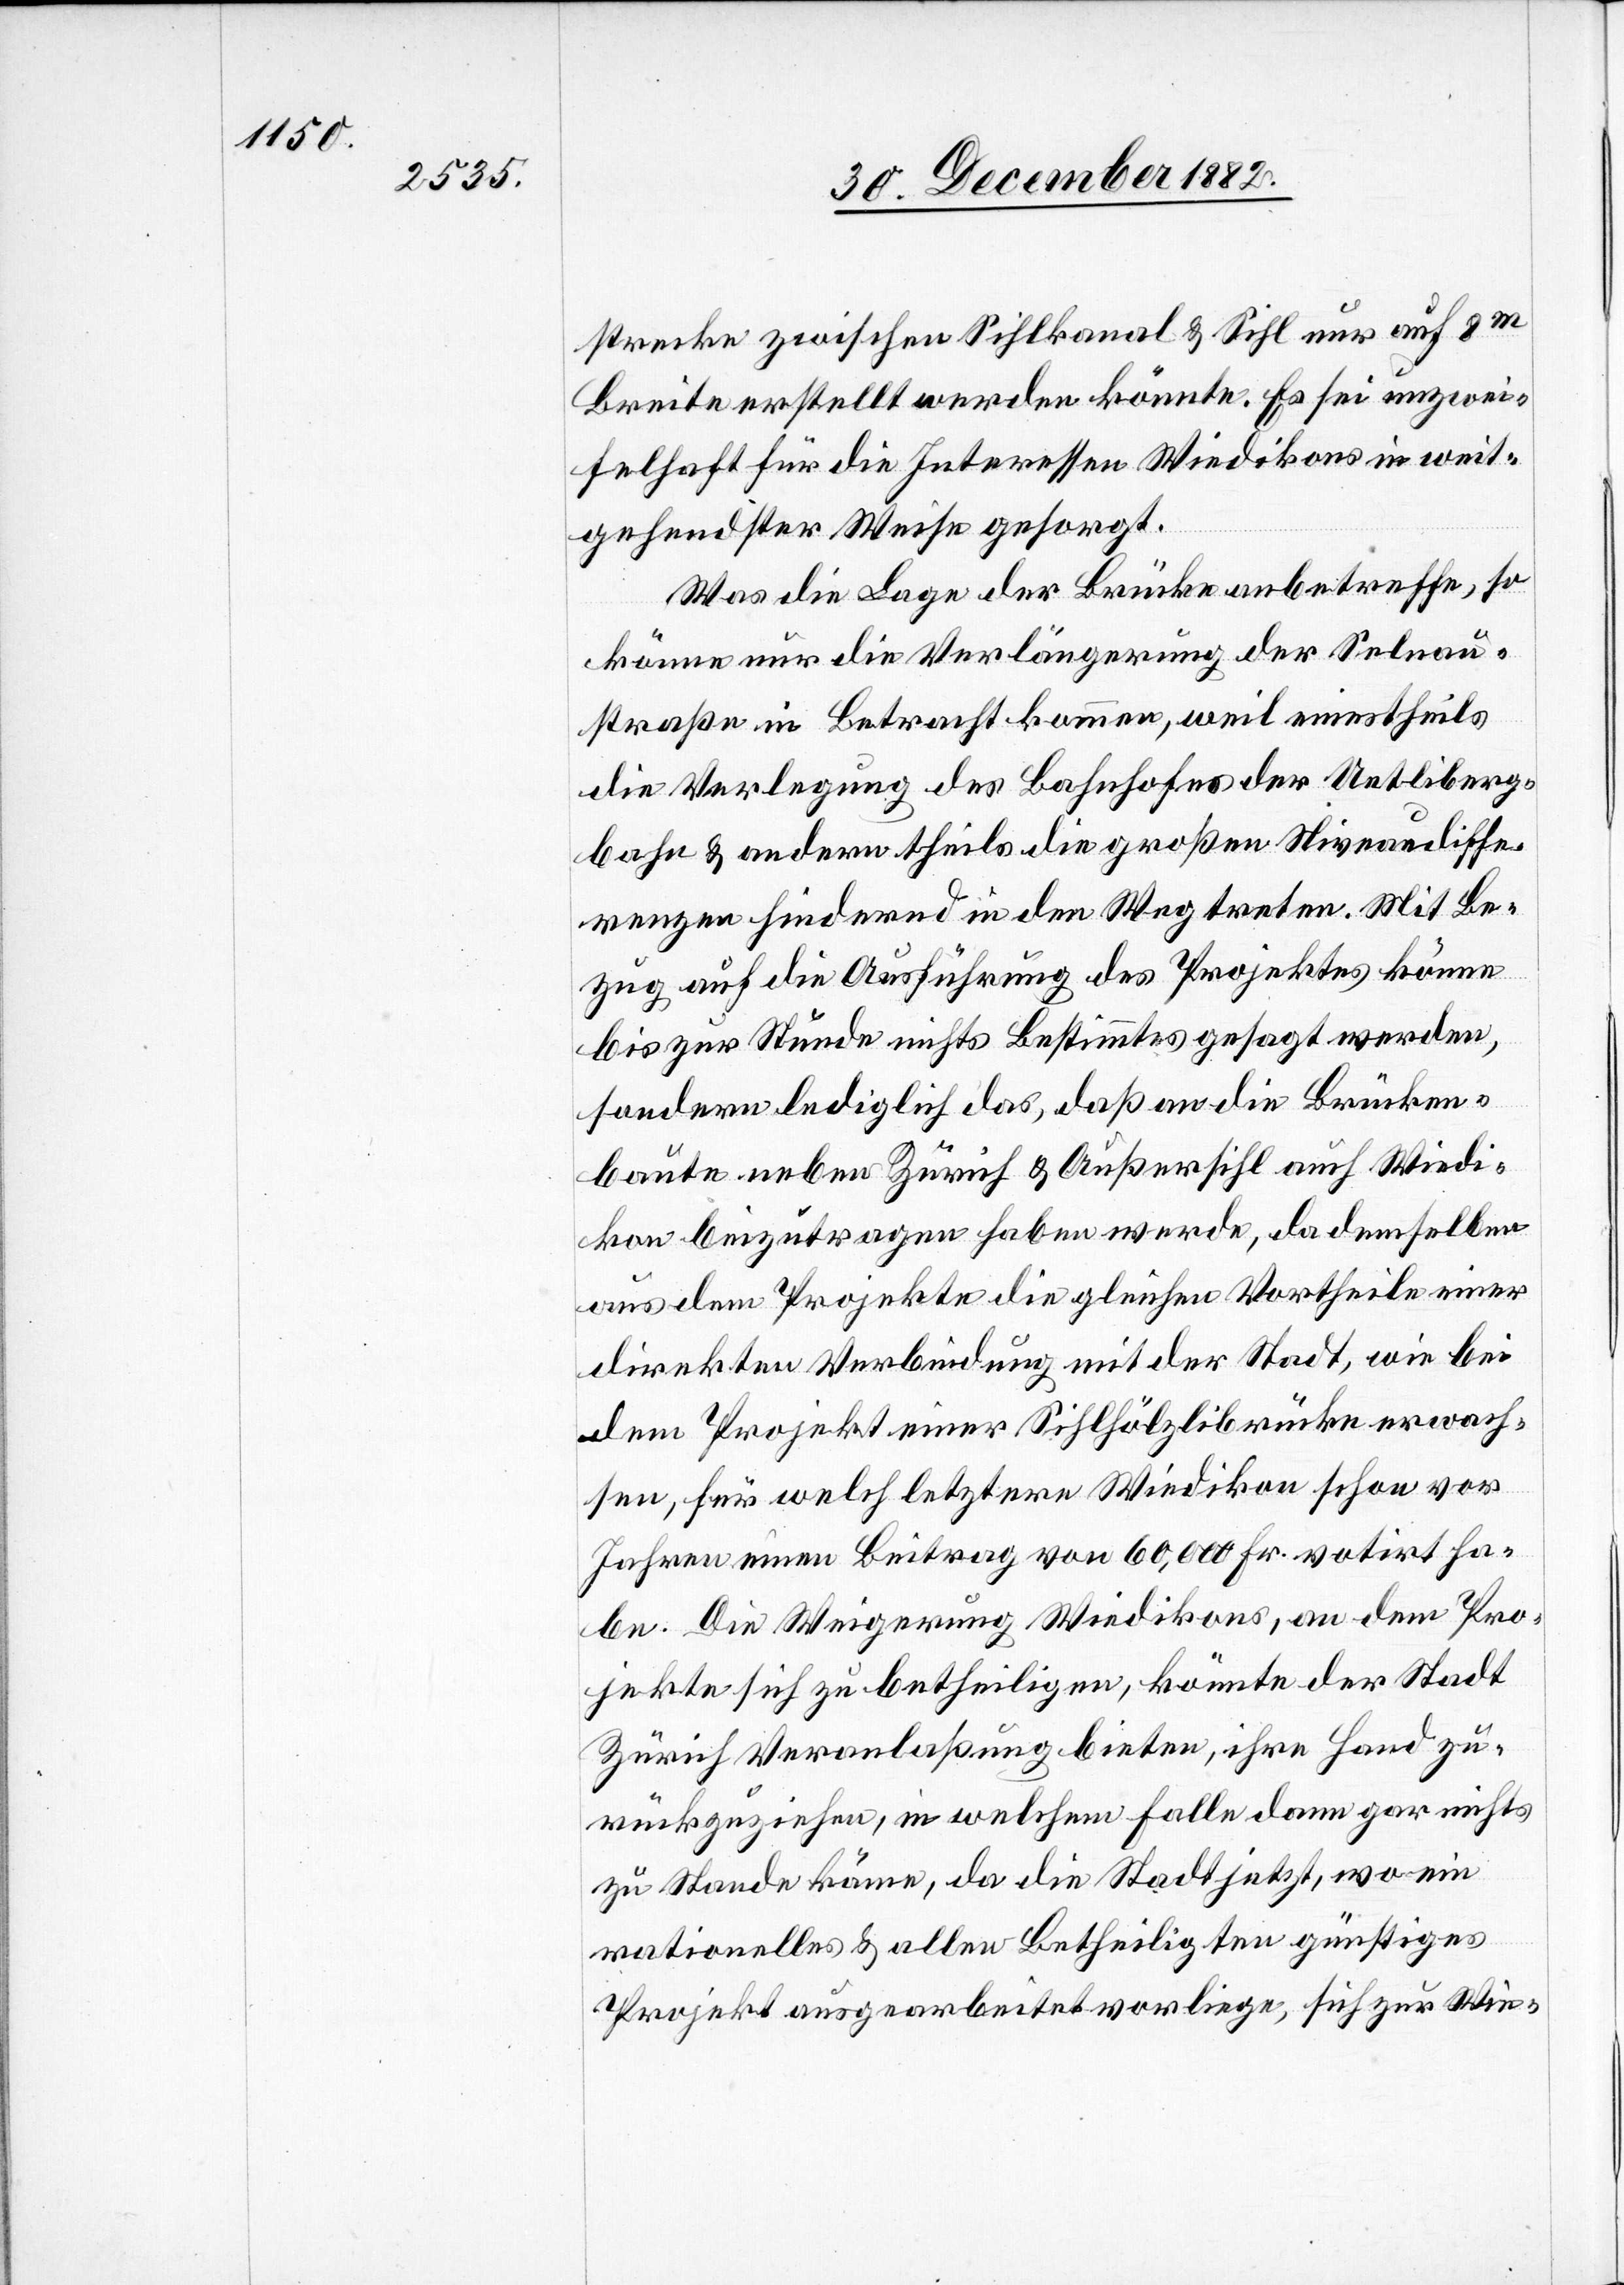
strecke zwischen Sihlkanal & Sihl nur auf 8m
Breite erstellt werden könnte. Es sei unzwei¬
felhaft für die Interessen Wiedikons in weit¬
gehendster Weise gesorgt.
Was die Lage der Brücke anbetreffe, so
könne nur die Verlängerung der Selnau¬
straße in Betracht kommen, weil einestheils
die Verlegung des Bahnhofes der Uetliberg¬
bahn & andern theils die große Niveaudiffe¬
renzen hindernd in den Weg treten. Mit Be¬
zug auf die Ausführung des Projektes könne
bis zur Stunde nichts Bestimmtes gesagt werden,
sondern lediglich das, daß an die Brücken¬
baute neben Zürich & Außersihl auch Wiedi¬
kon beizutragen haben werde, da demselben
aus dem Projekte die gleichen Vortheile einer
direkten Verbindung mit der Stadt, wie bei
dem Projekt einer Sihlhölzlibrücke erwach¬
sen, für welch letztere Wiedikon schon vor
Jahren einen Beitrag von 60,000 Fr. votirt ha¬
be. Die Weigerung Wiedikons, an dem Pro¬
jekte sich zu betheiligen, könnte der Stadt
Zürich Veranlaßung bieten, ihre Hand zu¬
rückzuziehen, in welchem Falle dann gar nichts
zu Stande käme, da die Stadt jetzt, wo ein
rationelles & allen Betheiligten günstiges
Projekt ausgearbeitet vorliege, sich zur Wie-